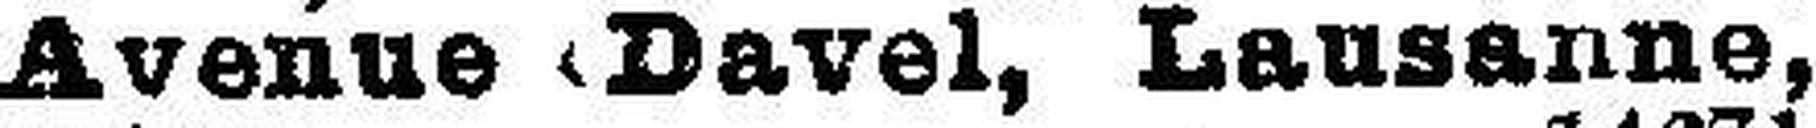
Avenue Davel, Lausanne,